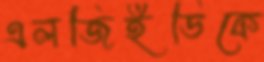
এলজিইডিকে